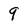
Character: 9